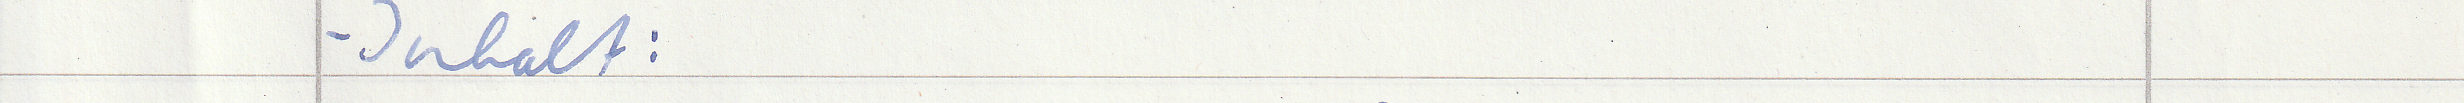
- Inhalt :